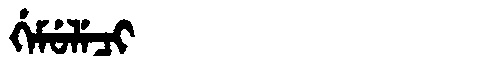
Manchu: ᡤᡝᠮᡠᠯᡝᠴᡳ
Romanization: GEMULECI